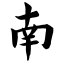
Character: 南